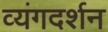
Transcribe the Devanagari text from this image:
व्यंगदर्शन